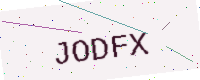
Text: JODFX